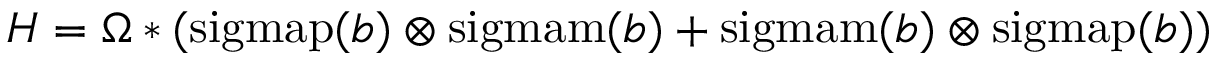
H = \Omega * ( \operatorname { s i g m a p } ( b ) \otimes \operatorname { s i g m a m } ( b ) + \operatorname { s i g m a m } ( b ) \otimes \operatorname { s i g m a p } ( b ) )